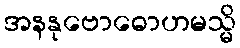
အနနုဗောဓောဟမသ္မိ